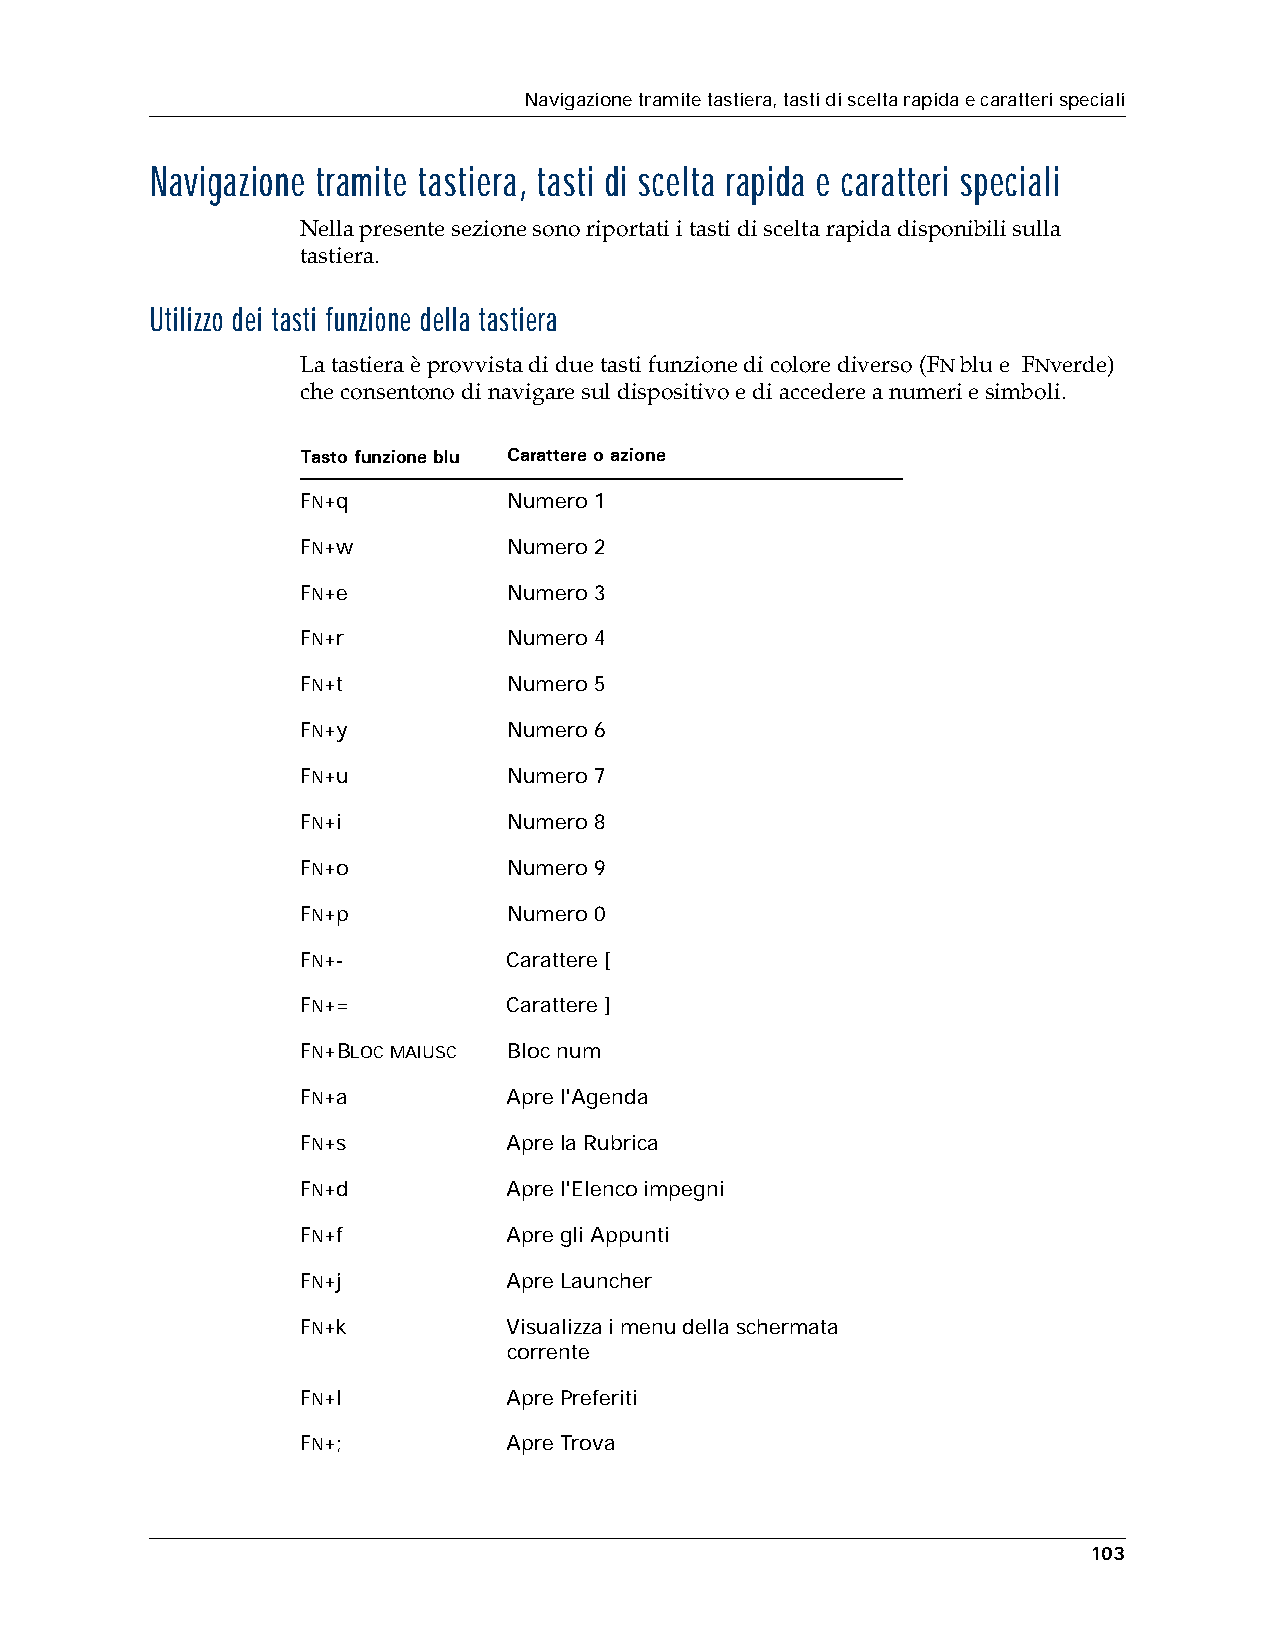
Navigazione tramite tastiera, tasti di scelta rapida e caratteri speciali
 Navigazione tramite tastiera, tasti di scelta rapida e caratteri speciali
 Nella presente sezione sono riportati i tasti di scelta rapida disponibili sulla
 tastiera.
 Utilizzo dei tasti funzione della tastiera
 La tastiera è provvista di due tasti funzione di colore diverso (FN blu e FNverde)
 che consentono di navigare sul dispositivo e di accedere a numeri e simboli.
 Tasto funzione blu Carattere o azione
 FN+q          Numero 1
 FN+w          Numero 2
 FN+e          Numero 3
 FN+r          Numero 4
 FN+t          Numero 5
 FN+y          Numero 6
 FN+u          Numero 7
 FN+i          Numero 8
 FN+o          Numero 9
 FN+p          Numero 0
 FN+-          Carattere [
 FN+=          Carattere ]
 FN+BLOC MAIUSC Bloc num
 FN+a          Apre l'Agenda
 FN+s          Apre la Rubrica
 FN+d          Apre l'Elenco impegni
 FN+f          Apre gli Appunti
 FN+j          Apre Launcher
 FN+k          Visualizza i menu della schermata
 corrente
 FN+l          Apre Preferiti
 FN+;          Apre Trova
 103